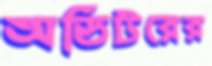
অডিটরের